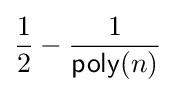
{\frac {1}{2}}-{\frac {1}{{\mathsf {poly}}(n)}}